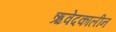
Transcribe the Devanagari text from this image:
ऋवेदकालीन